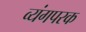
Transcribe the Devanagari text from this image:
व्यंगपरक